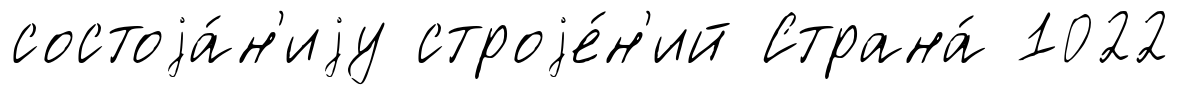
состоjа́н'иjу строjе́н'ий Страна́ 1022